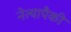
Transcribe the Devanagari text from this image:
नेत्यापैकी